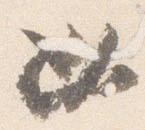
必